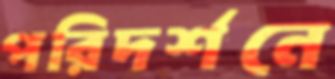
পরিদর্শনে